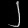
Digit: ၂